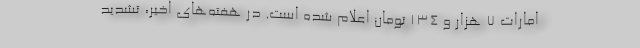
امارات 7 هزار و 134 تومان اعلام شده است. در هفته‌های اخیر، تشدید